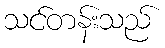
သင်တန်းသည်